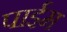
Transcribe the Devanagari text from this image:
पाईम